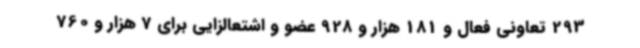
293 تعاونی فعال و 181 هزار و 928 عضو و اشتعالزایی برای 7 هزار و 760